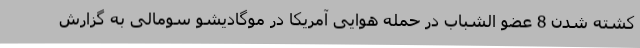
کشته شدن 8 عضو الشباب در حمله هوایی آمریکا در موگادیشو سومالی به گزارش